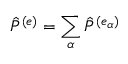
{ \hat { P } } ^ { ( e ) } = \sum _ { \alpha } { { \hat { P } } ^ { ( e _ { \alpha } ) } }